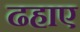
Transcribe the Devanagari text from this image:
ढहाए